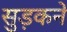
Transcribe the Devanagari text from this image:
सुड़कने